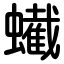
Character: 蠘